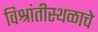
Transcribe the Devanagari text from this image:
विश्रांतीस्थळाचे